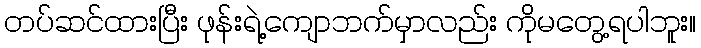
တပ်ဆင်ထားပြီး ဖုန်းရဲ့ကျောဘက်မှာလည်း ကိုမတွေ့ရပါဘူး။